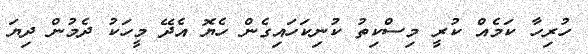
ހުރިހާ ކަމެއް ކުރީ މިސްކިތު ކުނިކަހައިގެން ހެޔޮ އެދޭ މީހަކު ދެމުން ދިޔަ